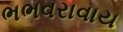
ભભવરાવાય